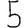
Digit: 5